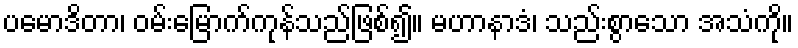
ပမောဒိတာ၊ ဝမ်းမြောက်ကုန်သည်ဖြစ်၍။ မဟာနာဒံ၊ သည်းစွာသော အသံကို။